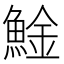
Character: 𩸱